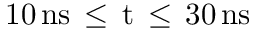
1 0 \, \mathrm { { n s } \, \leq \, t \, \leq \, 3 0 \, \mathrm { { n s } } }